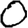
Digit: 0